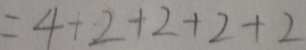
= 4 + 2 + 2 + 2 + 2